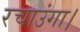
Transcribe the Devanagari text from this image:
रचाउंगा।